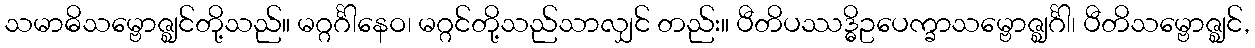
သမာဓိသမ္ဗောဇ္ဈင်တို့သည်။ မဂ္ဂင်္ဂါနေဝ၊ မဂ္ဂင်တို့သည်သာလျှင် တည်း။ ပီတိပဿဒ္ဓိဥပေက္ခာသမ္ဗောဇ္ဈင်္ဂါ၊ ပီတိသမ္ဗောဇ္ဈင်,